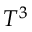
T ^ { 3 }